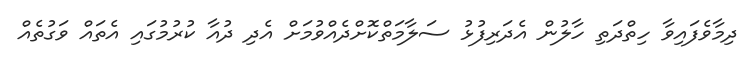
ދިމާވެފައިވާ ހިތްދަތި ހާލުން އެދަރިފުޅު ސަލާމަަތްކޮށްދެއްވުމަށް އެދި ދުއާ ކުރުމުގައި އެތައް ވަގުތެއް